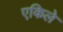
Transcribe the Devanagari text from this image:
एकिले